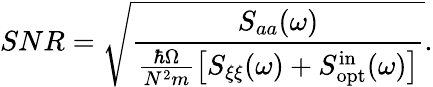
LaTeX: SNR=\sqrt{\frac{S_{aa}(\omega)}{\frac{\hbar\Omega}{N^{2}m}\left[S_{\xi\xi}(\omega)+S_{\mathrm{opt}}^{\mathrm{in}}(\omega)\right]}}.